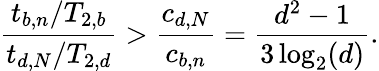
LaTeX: \frac{t_{b,n}/T_{2,b}}{t_{d,N}/T_{2,d}}>\frac{c_{d,N}}{c_{b,n}}=\frac{d^{2}-1}{3\log_{2}(d)}.